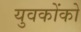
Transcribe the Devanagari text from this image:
युवकोंको